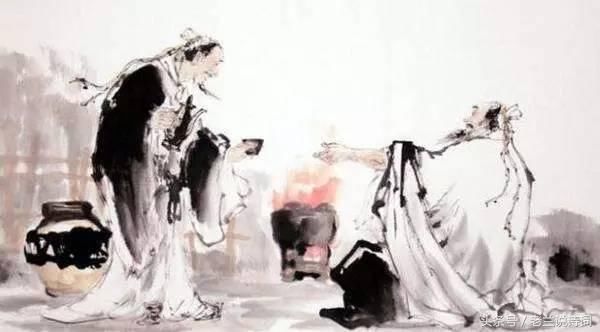
小酌酒巡销永夜，大开口笑送残年。